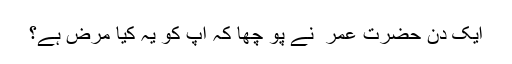
ایک دن حضرت عمر ؓ نے پو چھا کہ آپ کو یہ کیا مرض ہے؟